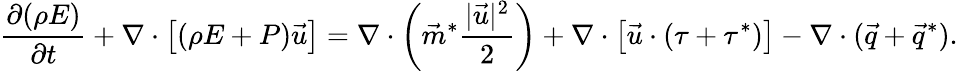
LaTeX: \frac{\partial(\rho E)}{\partial t}+\nabla\cdot\left[(\rho E+P)\vec{u}\right]=\nabla\cdot\left(\vec{m}^{*}\frac{|\vec{u}|^{2}}{2}\right)+\nabla\cdot\left[\vec{u}\cdot(\tau+\tau^{*})\right]-\nabla\cdot(\vec{q}+\vec{q}^{*}).